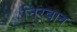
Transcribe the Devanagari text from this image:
निरबान